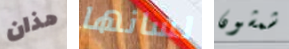
هذان لسانها شمشون